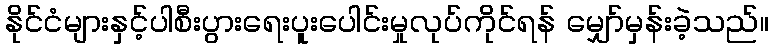
နိုင်ငံများနှင့်ပါစီးပွားရေးပူးပေါင်းမှုလုပ်ကိုင်ရန် မျှော်မှန်းခဲ့သည်။